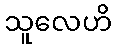
သူလေဟိ